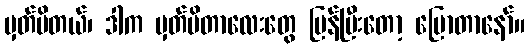
မှတ်မိတယ်၊ ဒါက မှတ်မိတာလေးတွေ ပြန်ပြီးတော့ ပြောတာနော်။